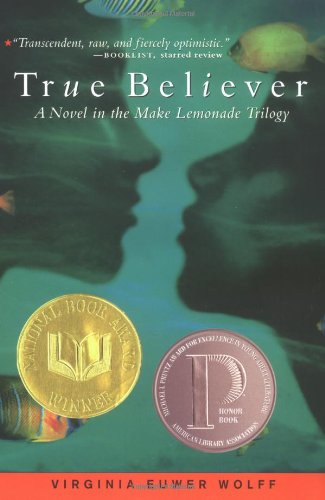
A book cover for True Believer (Make Lemonade, Book 2); Virginia Euwer Wolff; Teen & Young Adult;